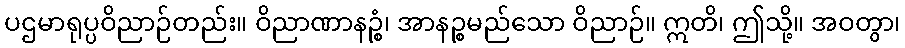
ပဌမာရုပ္ပဝိညာဉ်တည်း။ ဝိညာဏာနဉ္စံ၊ အာနဉ္စမည်သော ဝိညာဉ်။ ဣတိ၊ ဤသို့။ အဝတွာ၊